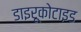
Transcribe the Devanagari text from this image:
डाइरूकोटाइड